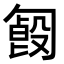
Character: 𠣿